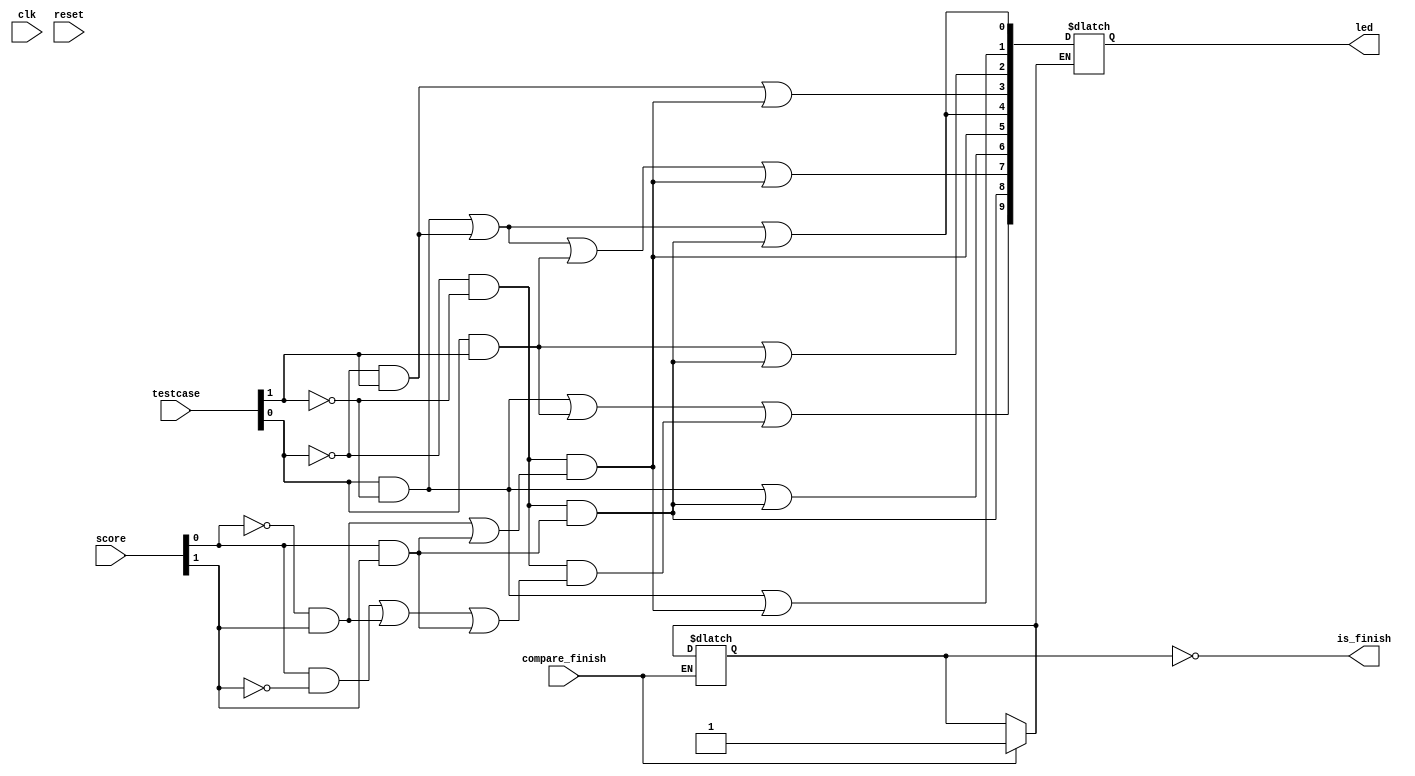
`timescale 1ns / 1ps
//////////////////////////////////////////////////////////////////////////////////

//testcase

//3 :   9 2 7
//2 :   0 4 1 3 2
//1 :   1 9 4 2 0 8 7 5 
//0 :    

module state_001(
    input clk,
    input reset,
    input [1:0] testcase,
    input [1:0] score,
    input compare_finish,
    output reg [9:0] led,
    output is_finish
    );

    
    wire [7:0] total_clk;
     reg [5:0] reg_clk;
     reg is_start;
    
    //decade_counter_2digits count(!reset, clk, total_clk);
     always@(testcase) begin
        reg_clk = 0;
     end
     
     always@(posedge clk) begin
         reg_clk = reg_clk + 1;
     end
     
     initial begin
        is_start = 1;
     end

    
    always@(reg_clk) begin
        if(compare_finish) begin
            is_start=1;
        end
        if(is_start) begin
        led[0] = ((testcase[0]&~testcase[1]&1 | ~testcase[0]&testcase[1]&1 | testcase[0] & testcase[1] & 0) & !reg_clk[4]) 
            | (~testcase[0]&~testcase[1]&((~score[0]&~score[1]&0) | (score[0]&~score[1]&0) | (~score[0]&score[1]&0)| (score[0]&score[1]&1)));
        led[1] = ((testcase[0]&~testcase[1]&1 | ~testcase[0]&testcase[1]&0 | testcase[0] & testcase[1] & 0) & !reg_clk[4]) 
            | (~testcase[0]&~testcase[1]&((~score[0]&~score[1]&0) | (score[0]&~score[1]&0) | (~score[0]&score[1]&1)| (score[0]&score[1]&1)));
        led[2] = ((testcase[0]&~testcase[1]&0 | ~testcase[0]&testcase[1]&0 | testcase[0] & testcase[1] & 1) & !reg_clk[4])
            | (~testcase[0]&~testcase[1]&((~score[0]&~score[1]&0) | (score[0]&~score[1]&0) | (~score[0]&score[1]&0)| (score[0]&score[1]&1)));
        led[3] = ((testcase[0]&~testcase[1]&0 | ~testcase[0]&testcase[1]&1 | testcase[0] & testcase[1] & 0) & !reg_clk[4]) 
            | (~testcase[0]&~testcase[1]&((~score[0]&~score[1]&0) | (score[0]&~score[1]&0) | (~score[0]&score[1]&1)| (score[0]&score[1]&1)));
        led[4] = ((testcase[0]&~testcase[1]&1 | ~testcase[0]&testcase[1]&1 | testcase[0] & testcase[1] & 0) & !reg_clk[4]) 
            | (~testcase[0]&~testcase[1]&((~score[0]&~score[1]&0) | (score[0]&~score[1]&0) | (~score[0]&score[1]&0)| (score[0]&score[1]&1)));
        led[5] =((testcase[0]&~testcase[1]&0 | ~testcase[0]&testcase[1]&0 | testcase[0] & testcase[1] & 0) & !reg_clk[4]) 
            | (~testcase[0]&~testcase[1]&((~score[0]&~score[1]&0) | (score[0]&~score[1]&0) | (~score[0]&score[1]&1)| (score[0]&score[1]&1)));
        led[6] = ((testcase[0]&~testcase[1]&1 | ~testcase[0]&testcase[1]&0 | testcase[0] & testcase[1] & 0) & !reg_clk[4]) 
            | (~testcase[0]&~testcase[1]&((~score[0]&~score[1]&0) | (score[0]&~score[1]&0) | (~score[0]&score[1]&0)| (score[0]&score[1]&1)));
        led[7] = ((testcase[0]&~testcase[1]&1 | ~testcase[0]&testcase[1]&1 | testcase[0] & testcase[1] & 1) & !reg_clk[4]) 
            | (~testcase[0]&~testcase[1]&((~score[0]&~score[1]&0) | (score[0]&~score[1]&0) | (~score[0]&score[1]&1)| (score[0]&score[1]&1)));
        led[8] = ((testcase[0]&~testcase[1]&0 | ~testcase[0]&testcase[1]&0 | testcase[0] & testcase[1] & 0) & !reg_clk[4]) 
            | (~testcase[0]&~testcase[1]&((~score[0]&~score[1]&0) | (score[0]&~score[1]&0) | (~score[0]&score[1]&0)| (score[0]&score[1]&1)));
        led[9] = ((testcase[0]&~testcase[1]&1 | ~testcase[0]&testcase[1]&0 | testcase[0] & testcase[1] & 1) & !reg_clk[4]) 
            | (~testcase[0]&~testcase[1]&((~score[0]&~score[1]&0) | (score[0]&~score[1]&1) | (~score[0]&score[1]&1)| (score[0]&score[1]&1)));
        end
        if(reg_clk[4]) begin
            is_start =0;
            led[0] = 0;
            led[1] = 0;
            led[2] = 0;
            led[3] = 0;
            led[4] = 0;
            led[5] = 0;
            led[6] = 0;
            led[7] = 0;
            led[8] = 0;
            led[9] = 0;
            reg_clk[0] = 0;
            reg_clk[1] = 0;
            reg_clk[2] = 0;
            reg_clk[3] = 0;
            reg_clk[4] = 0;
            
        end
        
    end
    
   assign is_finish = ~is_start;
   
   

endmodule


/*
module state_001(
    input clk,
    input reset,
    input [1:0] testcase,
    input is_start,
    output reg [9:0] led,
    output is_finish
    );
    
    
    always@( is_start) begin
    
        led[0] = 0 | is_start&(testcase[0]&~testcase[1]&1 | ~testcase[0]&testcase[1]&1 | testcase[0] & testcase[1] & 0);
        led[1] = 0 | is_start&(testcase[0]&~testcase[1]&1 | ~testcase[0]&testcase[1]&0 | testcase[0] & testcase[1] & 0);
        led[2] = 0 | is_start&(testcase[0]&~testcase[1]&0 | ~testcase[0]&testcase[1]&0 | testcase[0] & testcase[1] & 1);
        led[3] = 0 | is_start&(testcase[0]&~testcase[1]&0 | ~testcase[0]&testcase[1]&1 | testcase[0] & testcase[1] & 0);
        led[4] = 0 | is_start&(testcase[0]&~testcase[1]&1 | ~testcase[0]&testcase[1]&1 | testcase[0] & testcase[1] & 0);
        led[5] = 0 | is_start&(testcase[0]&~testcase[1]&0 | ~testcase[0]&testcase[1]&0 | testcase[0] & testcase[1] & 0);
        led[6] = 0 | is_start&(testcase[0]&~testcase[1]&1 | ~testcase[0]&testcase[1]&0 | testcase[0] & testcase[1] & 0);
        led[7] = 0 | is_start&(testcase[0]&~testcase[1]&1 | ~testcase[0]&testcase[1]&1 | testcase[0] & testcase[1] & 1);
        led[8] = 0 | is_start&(testcase[0]&~testcase[1]&0 | ~testcase[0]&testcase[1]&0 | testcase[0] & testcase[1] & 0);
        led[9] = 0 | is_start&(testcase[0]&~testcase[1]&1 | ~testcase[0]&testcase[1]&0 | testcase[0] & testcase[1] & 1);
   
    
    end
    
    assign is_finish = 1;
    
    endmodule
*/
 /*
    reg [1:0] temp = 3;
    reg [1:0] tempminus1;
    reg temp_timeout =0;
    reg c_out;
    adder_2bit T1(temp[1:0], 2'b10, 1, tempminus1[1:0], c_out);
    
    always @(posedge clk) begin
        temp_timeout = (0&reset) | (1&~reset);
        temp[0] = (temp[0]&~user_turn&~reset) | (1 & reset) | (tempminus1[0] & user_turn & ~reset);
        temp[1] = (temp[1]&~user_turn&~reset) | (1 & reset) | (tempminus1[1] & user_turn & ~reset);
        temp_timeout = 0 | (1&~timer[0]&~timer[1]);
    end
    
    assign is_finish = temp_timeout;
    
*/
 /*   
    wire [3:0] led_index;
    wire [3:0] next_led_index;
    wire [3:0] test_en; // test enable
    wire [3:0] test_finish;
    
  
    reg [3:0] temp_test_en;
    always@(*) begin
        temp_test_en[0] = (1&testcase[0]&testcase[1]);
        temp_test_en[1] = (1&~testcase[0]&testcase[1]);
        temp_test_en[2] = (1&testcase[0]&~testcase[1]);
        temp_test_en[3] = (1&~testcase[0]&~testcase[1]);
    end
    
    assign test_en = temp_test_en;
    //initialize led when start state
    
    mux_2_1 mux_initial_0 (led[0], 0, is_start & en, led[0]);
    mux_2_1 mux_initial_1 (led[1], 0, is_start & en, led[1]);
    mux_2_1 mux_initial_2 (led[2], 0, is_start & en, led[2]);
    mux_2_1 mux_initial_3 (led[3], 0, is_start & en, led[3]);
    mux_2_1 mux_initial_4 (led[4], 0, is_start & en, led[4]);
    mux_2_1 mux_initial_5 (led[5], 0, is_start & en, led[5]);
    mux_2_1 mux_initial_6 (led[6], 0, is_start & en, led[6]);
    mux_2_1 mux_initial_7 (led[7], 0, is_start & en, led[7]);
    mux_2_1 mux_initial_8 (led[8], 0, is_start & en, led[8]);
    mux_2_1 mux_initial_9 (led[9], 0, is_start & en, led[9]); 
 //   mux_2_1 mux_initial_10 (test_en[0], 0, is_real_start & en, test_en[0]);
 //   mux_2_1 mux_initial_11 (test_en[1], 0, is_real_start & en, test_en[1]);
 //   mux_2_1 mux_initial_12 (test_en[2], 0, is_real_start & en, test_en[2]);
 //   mux_2_1 mux_initial_13 (test_en[3], 0, is_real_start & en, test_en[3]);
        
   
     //test_case   
   // decoder_2_4 TEST_DECODER (en, testcase, test_en);
    
    
    
    //led index led 
    wire [15:0] temp_led;
    assign temp_led = {1'b0,1'b0,1'b0,1'b0,1'b0,1'b0,led};
    decoder_4_16 LED_CHANGE (en, led_index, temp_led);
    
    reg [3:0] temp_led_idx;
    
    always@(*) begin
        temp_led_idx[0] = (1&testcase[1]&testcase[0])| (1&~testcase[1]&testcase[0]) | (0&testcase[1]&~testcase[0]) | (1&~testcase[1]&~testcase[0]);
        temp_led_idx[1] = 0;
        temp_led_idx[2] = 0;
        temp_led_idx[3] = (1&testcase[1]&testcase[0]) | (0&~testcase[1]&testcase[0]) | (0&testcase[1]&~testcase[0]) | (1&~testcase[1]&~testcase[0]);
    end
    
    wire changed;
    assign changed = 0| (temp_led_idx[0]&~next_led_index[0]) | (temp_led_idx[1]&~next_led_index[1]) | (temp_led_idx[2]&~next_led_index[2]) | (temp_led_idx[3]&~next_led_index[3]);
    assign led_index[0] = 0 | (temp_led_idx[0]&~changed) | (next_led_index[0]&changed);
    assign led_index[1] = 0 | (temp_led_idx[1]&~changed) | (next_led_index[1]&changed);
    assign led_index[2] = 0 | (temp_led_idx[2]&~changed) | (next_led_index[2]&changed);
    assign led_index[3] = 0 | (temp_led_idx[3]&~changed) | (next_led_index[3]&changed);
    
     //test  
    test_3 TEST_3 (clk, test_en[3], reset_n, led_index, next_led_index, led, test_finish[3]);
    test_2 TEST_2 (clk, test_en[2], reset_n, led_index, next_led_index, led, test_finish[2]);
    test_1 TEST_1 (clk, test_en[1], reset_n, led_index, next_led_index, led, test_finish[1]);
    //Led index 
    
    
    //  state 
    assign is_finish = test_finish[testcase]; //state  testcase  , is_finish 0 set 
    
    
endmodule


module test_2(
    input clk,
    input en,
    input reset_n,
    input [3:0] index,
    output [3:0] next_index,
    output [9:0] led,
    output is_finish
);
    
    wire D[3:0];
    assign D[3] = index[1];
    assign D[2] = index[3] | (index[2] & index[1]);
    assign D[1] = (index[1] & index[0]) | (index[2] & ~index[1]);
    assign D[0] = index[0] | (index[2] & index[1]);
    
    wire [3:0] q_;
    assign q_ = ~next_index;
    //led 
    edge_trigger_D_FF A3(reset_n, D[3], clk, next_index[3], q_[3]);
    edge_trigger_D_FF A2(reset_n, D[2], clk, next_index[2], q_[2]);
    edge_trigger_D_FF A1(reset_n, D[1], clk, next_index[1], q_[1]);
    edge_trigger_D_FF A0(reset_n, D[0], clk, next_index[0], q_[0]);
    
    // input  
    mux_2_1 E3(index[3], next_index[3], en, next_index[3]);
    mux_2_1 E2(index[2], next_index[2], en, next_index[2]);
    mux_2_1 E1(index[1], next_index[1], en, next_index[1]);
    mux_2_1 E0(index[0], next_index[0], en, next_index[0]);
    
    //5  is_finish 1 
    mux_2_1 END(0,1,~index[3] & index[2] & ~index[1] & index[0], is_finish);
    
endmodule


module test_3(
    input clk,
    input en,
    input reset_n,
    input [3:0] index,
    output [3:0] next_index,
    output [9:0] led,
    output is_finish
);


    wire D[3:0];
    assign D[3] = 0;
    assign D[2] = ~index[3];
    assign D[1] = 1;
    assign D[0] = ~index[3];
    
    wire [3:0] q_;
    assign q_ = ~next_index;
    //led 
    edge_trigger_D_FF A3(reset_n, D[3], clk, next_index[3], q_[3]);
    edge_trigger_D_FF A2(reset_n, D[2], clk, next_index[2], q_[2]);
    edge_trigger_D_FF A1(reset_n, D[1], clk, next_index[1], q_[1]);
    edge_trigger_D_FF A0(reset_n, D[0], clk, next_index[0], q_[0]);
    
    // input  
    mux_2_1 E3(index[3], next_index[3], en, next_index[3]);
    mux_2_1 E2(index[2], next_index[2], en, next_index[2]);
    mux_2_1 E1(index[1], next_index[1], en, next_index[1]);
    mux_2_1 E0(index[0], next_index[0], en, next_index[0]);
    
    //2  is_finish 1 
    mux_2_1 END(0,1,~index[3] & index[2] & index[1] & index[0], is_finish);
    
endmodule

module test_1(
    input clk,
    input en,
    input reset_n,
    input [3:0] index,
    output [3:0] next_index,
    output [9:0] led,
    output is_finish
);

    wire D[3:0];
    assign D[3] = 0;
    assign D[2] = ~index[3];
    assign D[1] = 1;
    assign D[0] = ~index[3];
    
     wire [3:0] q_;
    assign q_ = ~next_index;
    //led 
    edge_trigger_D_FF A3(reset_n, D[3], clk, next_index[3], q_[3]);
    edge_trigger_D_FF A2(reset_n, D[2], clk, next_index[2], q_[2]);
    edge_trigger_D_FF A1(reset_n, D[1], clk, next_index[1], q_[1]);
    edge_trigger_D_FF A0(reset_n, D[0], clk, next_index[0], q_[0]);
    
    // input  
    mux_2_1 E3(index[3], next_index[3], en, next_index[3]);
    mux_2_1 E2(index[2], next_index[2], en, next_index[2]);
    mux_2_1 E1(index[1], next_index[1], en, next_index[1]);
    mux_2_1 E0(index[0], next_index[0], en, next_index[0]);
    
    //7  is_finish 1 
    mux_2_1 END(0,1,~index[3] & index[2] & index[1] & index[0], is_finish);
    
endmodule

*/